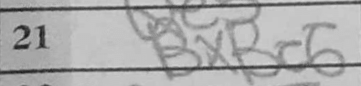
Transcription: BxBc6